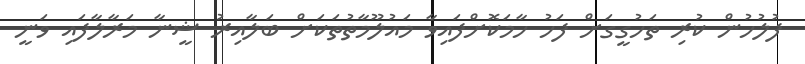
ފުލުހުން ކުރި ތަހުގީގަށް ފަހު ހާމަކޮށްފައިވާ މައުލޫމާތުތަކަށް ބަލާއިރު ޝީނާ މަރާލާފައި ވަނީ